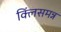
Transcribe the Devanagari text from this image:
क्लिंसमन्न